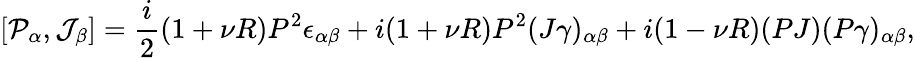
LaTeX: [{\cal P}_{\alpha},{\cal J}_{\beta}]=\frac{i}{2}(1+\nu R)P^{2}\epsilon_{\alpha\beta}+i(1+\nu R)P^{2}(J\gamma)_{\alpha\beta}+i(1-\nu R)(PJ)(P\gamma)_{\alpha\beta},